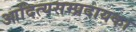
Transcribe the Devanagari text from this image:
आदित्यसम्प्रदायका